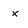
Character: x